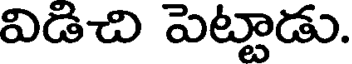
విడిచి పెట్టాడు.